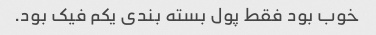
خوب بود فقط پول بسته بندی یکم فیک بود.